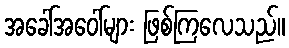
အခေါ်အဝေါ်များ ဖြစ်ကြလေသည်။